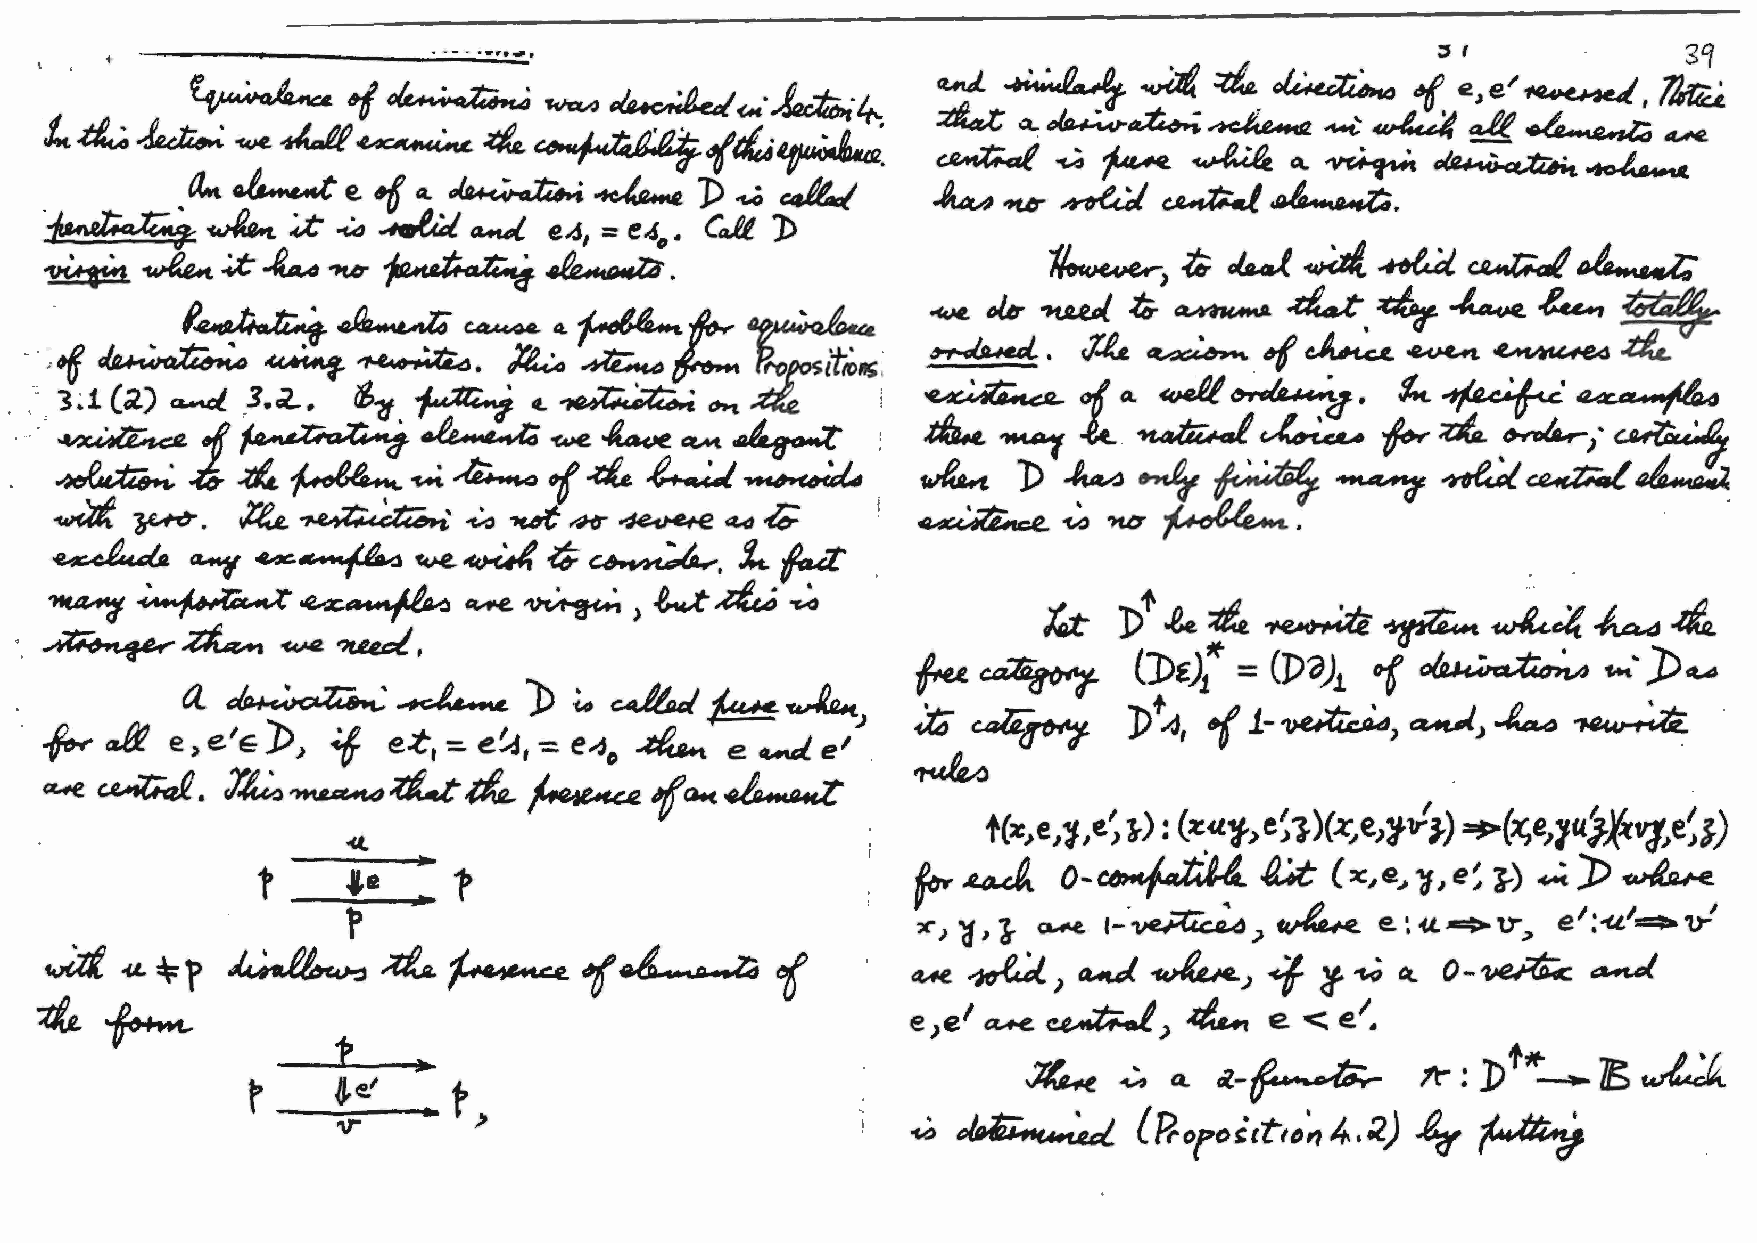
.......... .
 .. - -
 t  I 'f•
 .  .
 11/iC D~ & ~   ~      ~       wL~   ~-It.
 fu.           CDe:J* =
 ~                  (Po)      ~           ~· '))~
 "(
 1        1
 it~~           ])+4, 11-~,~)~               ~
 ~                                                  .
 t(x>e,1 ej 3-): (:c.<1.'i',e~1)(x.,e,1~J-) ~(x,e,1u.'J.~vie~s)
 1
 4.:.t
 ~LtLJ..   0-~               (x.,e~11,e~ }) ..,.;']; ~
 ~, l- ~   ,_·~)      ~      e. ~ « .c:;:a-"tr, e':--u'==:. ,,...'
 -,<)
 '  ~~,~~~.,.~~~                       0-~~
 e,e1 a....e ~>    4     e <  e1 •
 J4..e ~     «.-~          ~  : :D t;f-__.. ]E, ~
 Q.
 v.:, ~         (R-oroict10~4.~)   ~   ~